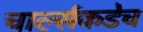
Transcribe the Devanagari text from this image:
चार्ल्सकडेच